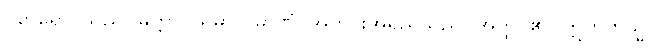
ဝိစာရော၊ သည်။ မတ္တာ ပရမာ ပမာဏံ၊ အတိုင်းအရှည်သည်။ အတ္ထိ၊ ၏။ ဣတိတသ္မာ၊